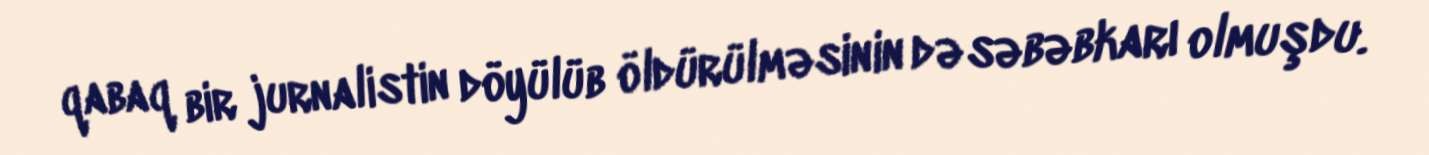
qabaq bir jurnalistin döyülüb öldürülməsinin də səbəbkarı olmuşdu.